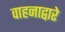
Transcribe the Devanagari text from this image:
वाहनाद्वारे